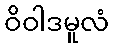
ဝိဝါဒမူလံ